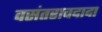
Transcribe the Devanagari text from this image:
वसंतरावदादा